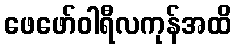
ဖေဖော်ဝါရီလကုန်အထိ